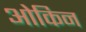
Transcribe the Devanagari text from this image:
ओकिन